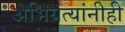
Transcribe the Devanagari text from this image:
अभियंत्यांनीही